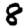
Digit: 8